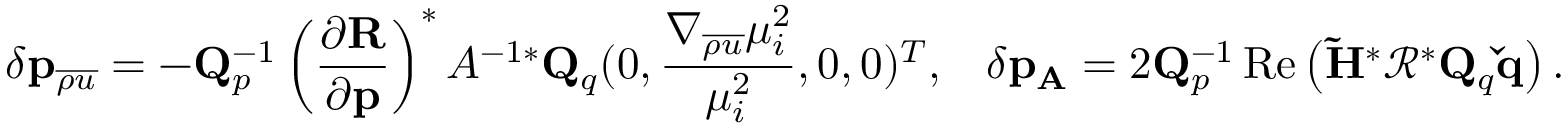
\delta \mathbf { p } _ { \overline { { { \rho u } } } } = - \mathbf { Q } _ { p } ^ { - 1 } \left( \frac { \partial \mathbf { R } } { \partial \mathbf { p } } \right) ^ { * } A ^ { - 1 * } \mathbf { Q } _ { q } ( 0 , \frac { \nabla _ { \overline { { \rho u } } } \mu _ { i } ^ { 2 } } { \mu _ { i } ^ { 2 } } , 0 , 0 ) ^ { T } , \; \; \; \delta \mathbf { p } _ { \mathbf { A } } = 2 \mathbf { Q } _ { p } ^ { - 1 } \operatorname { R e } \left( \mathbf { \tilde { H } } ^ { * } \mathbf { \mathcal { R } } ^ { * } \mathbf { Q } _ { q } \mathbf { \check { q } } \right) .